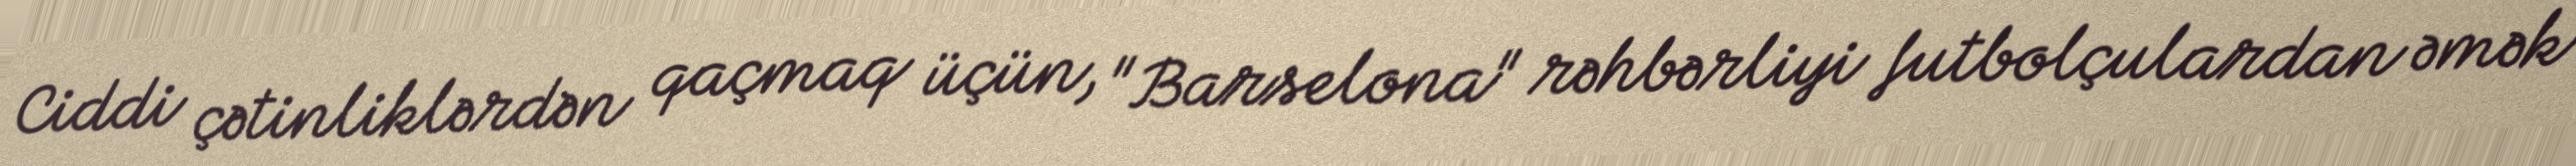
Ciddi çətinliklərdən qaçmaq üçün, "Barselona" rəhbərliyi futbolçulardan əmək